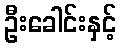
ဦးခေါင်းနှင့်